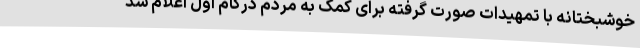
خوشبختانه با تمهیدات صورت گرفته برای کمک به مردم درگام اول اعلام شد